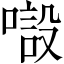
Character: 𱔒